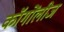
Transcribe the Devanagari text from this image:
कॉगोंलीज